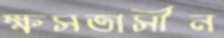
ক্ষসতাসীন